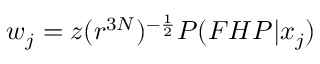
w _ { j } = z ( r ^ { 3 N } ) ^ { - \frac { 1 } { 2 } } P ( F H P | x _ { j } )